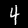
Label: 4